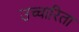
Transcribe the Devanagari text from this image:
उच्चारिता